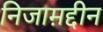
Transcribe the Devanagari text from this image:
निजाम़द्दीन